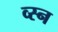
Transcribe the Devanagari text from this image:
व्स्न